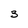
Character: 3